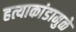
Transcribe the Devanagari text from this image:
हत्याकांडामुळे